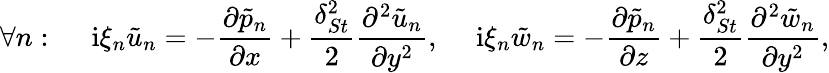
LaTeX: \forall n:\ \ \ \ \ \mathrm{i}\xi_{n}\tilde{u}_{n}=-\frac{\partial\tilde{p}_{n}}{\partial x}+\frac{\delta_{St}^{2}}{2}\frac{\partial^{2}\tilde{u}_{n}}{\partial y^{2}},\ \ \ \ \ \mathrm{i}\xi_{n}\tilde{w}_{n}=-\frac{\partial\tilde{p}_{n}}{\partial z}+\frac{\delta_{St}^{2}}{2}\frac{\partial^{2}\tilde{w}_{n}}{\partial y^{2}},